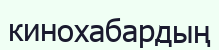
кинохабардың